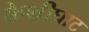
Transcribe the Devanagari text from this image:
केशीघाट